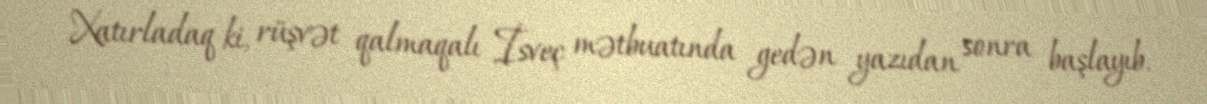
Xatırladaq ki, rüşvət qalmaqalı İsveç mətbuatında gedən yazıdan sonra başlayıb.